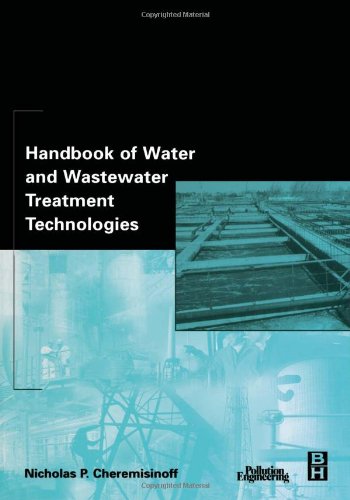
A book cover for Handbook of Water and Wastewater Treatment Technologies; Nicholas P Cheremisinoff Consulting Engineer; Science & Math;